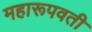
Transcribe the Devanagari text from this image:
महारूपवती